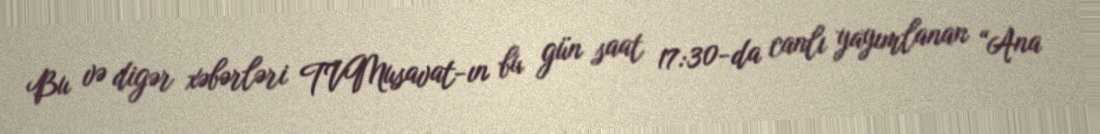
Bu və digər xəbərləri TVMusavat-ın bu gün saat 17:30-da canlı yayımlanan “Ana